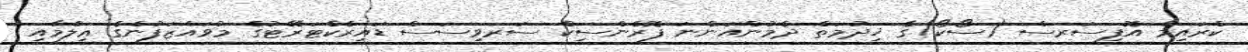
ކްރައިމް އޮފިސަރސް (ސޯކޯ)ގެ ޚިދުމަތް ދެމުންއަންނަ ފޮރެންސިކް ސަރވިސަސް ޑައިރެކްޓަރޭޓުގެ މުވައްޒަފުންގެ ޢިލްމާއި